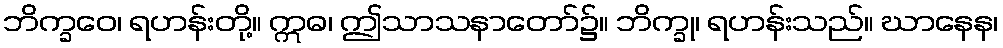
ဘိက္ခဝေ၊ ရဟန်းတို့။ ဣဓ၊ ဤသာသနာတော်၌။ ဘိက္ခု၊ ရဟန်းသည်။ ဃာနေန၊